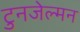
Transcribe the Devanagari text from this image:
टुनजेल्मन